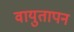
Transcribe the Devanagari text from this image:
वायुतापन